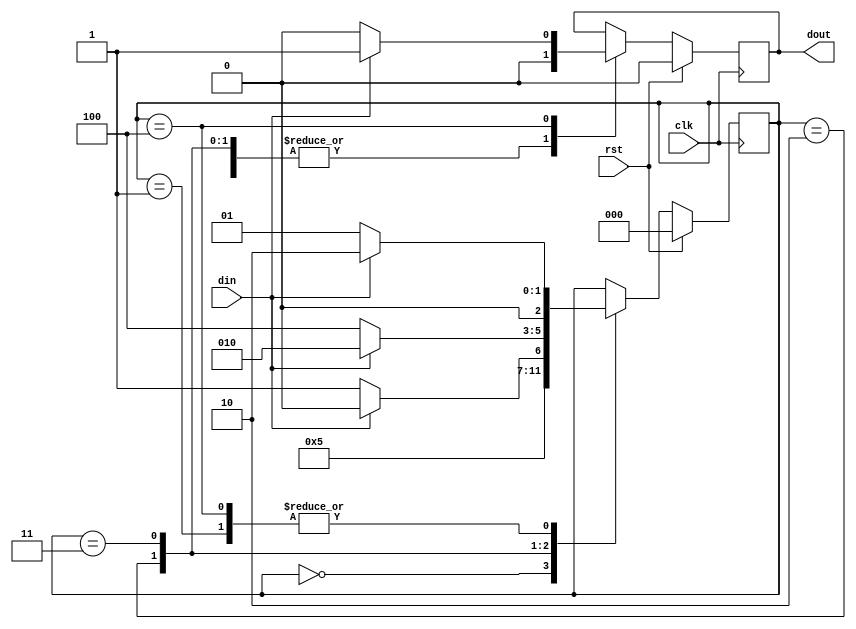
`timescale 1ns / 1ps
//////////////////////////////////////////////////////////////////////////////////
// Company: 
// Engineer: 
// 
// Design Name: 
// Module Name: overlapping_sequence_detector_1001
// Project Name: 
// Target Devices: 
// Tool Versions: 
// Description: 
// 
// Dependencies: 
// 
// Revision:
// Revision 0.01 - File Created
// Additional Comments:
// 
//////////////////////////////////////////////////////////////////////////////////


module overlapping_sequence_detector_1001(
    input clk,rst,din,
    output reg dout
    );
    
    parameter idle=0;
    parameter s0=1;
    parameter s1=2;
    parameter s2=3;
    parameter s3=4;
    
    reg [2:0] state=idle;
    
    always@(posedge clk)
    begin
    if(rst==1'b1)
        begin
        state<=idle;
        dout<=1'b0;
        end
     else
     begin
     case(state)
     idle: begin
           state<=s0;
           dout<=1'b0;
           end
     s0:    begin
            if(din==1'b1)
            begin
            state<=s1;
            dout<=1'b0;
            end
            else
            begin 
            state<=s0;
            dout<=1'b0;
            end
            end        
     s1:    begin
            if(din==1'b1)
            begin
            state<=s1;
            dout<=1'b0;
            end
            else
            begin 
            state<=s2;
            dout<=1'b0;
            end
            end        
     s2:    begin
            if(din==1'b1)
            begin
            state<=s1;
            dout<=1'b0;
            end
            else
            begin 
            state<=s3;
            dout<=1'b0;
            end
            end        
      s3:    begin
            if(din==1'b1)
            begin
            state<=s1;
            dout<=1'b1;
            end
            else
            begin 
            state<=s0;
            dout<=1'b0;
            end
            end        
endcase
end
end
endmodule